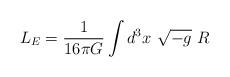
\begin{align*}L_E=\frac1{16\pi G}\int d^3x \ \sqrt{-g}\ R\end{align*}